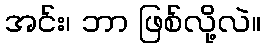
အင်း၊ ဘာ ဖြစ်လို့လဲ။